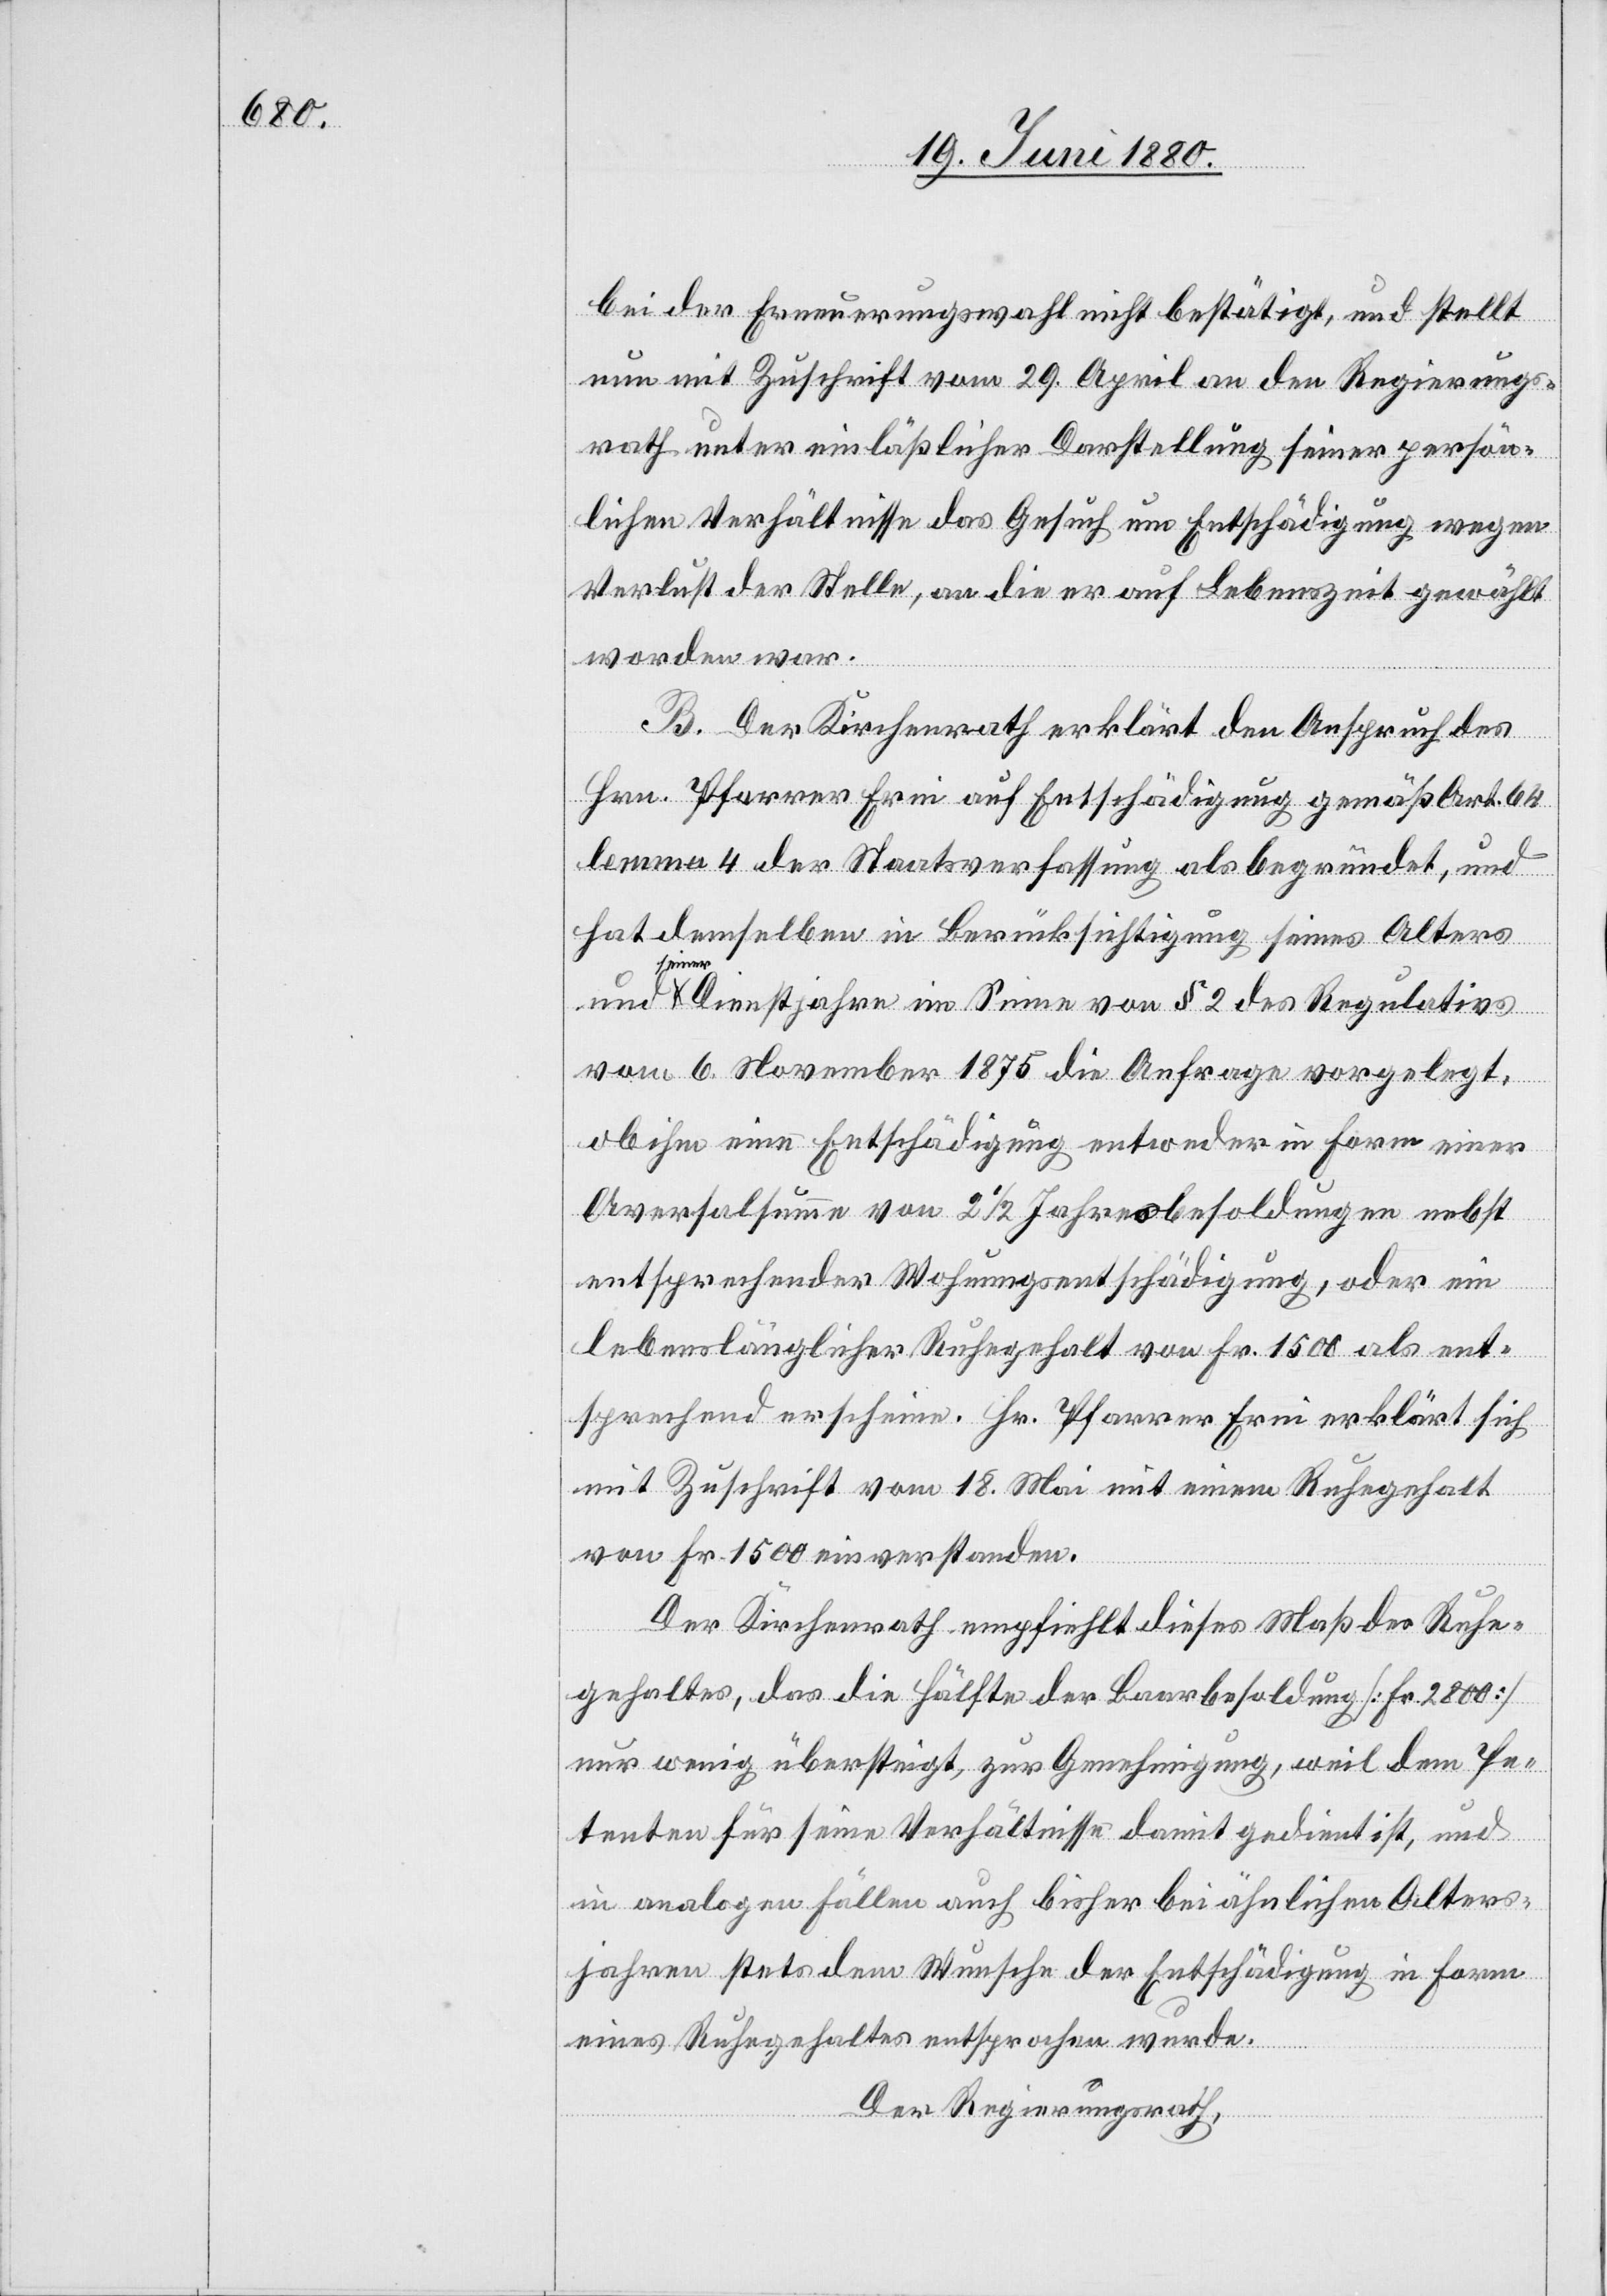
bei der Erneuerungswahl nicht bestätigt, und stellt
nun mit Zuschrift vom 29. April an den Regierungs¬
rath unter einläßlicher Darstellung seiner persön¬
lichen Verhältnisse das Gesuch um Entschädigung wegen
Verlust der Stelle, an die er auf Lebenszeit gewählt
worden war.
B. Der Kirchenrath erklärt den Anspruch des
Hrn. Pfarrer Erni auf Entschädigung gemäß Art. 64
lemma 4 der Staatsverfassung als begründet, und
hat demselben in Berücksichtigung seines Alters
seiner
Dienstjahre im Sinne von § 3 des Regulativs
vom 6. November 1875 die Anfrage vorgelegt,
ob ihm eine Entschädigung entweder in Form einer
Aversalsumme von 21/2 Jahresbesoldungen nebst
entsprechender Wohnungsentschädigung, oder ein
lebenslänglicher Ruhegehalt von Fr. 1500 als ent¬
sprechend erscheine. Hr. Pfarrer Erni erklärt sich
mit Zuschrift vom 18. Mai mit einem Ruhegehalt
von Fr. 1500 einverstanden.
Der Kirchenrath empfiehlt dieses Maß des Ruhe¬
gehaltes, das die Hälfte der Baarbesoldung [Fr. 2800]
nur wenig übersteigt, zur Genehmigung, weil dem Pe¬
tenten für seine Verhältnisse damit gedient ist, und
in analogen Fällen auch bisher bei ähnlichen Alters¬
jahren stets dem Wunsche der Entschädigung in Form
eines Ruhegehaltes entsprochen wurde.
Der Regierungsrath,